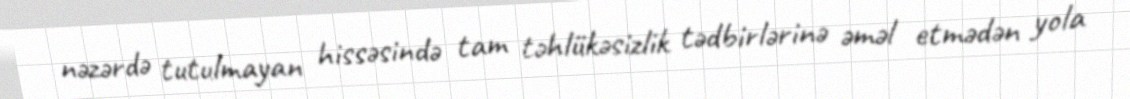
nəzərdə tutulmayan hissəsində tam təhlükəsizlik tədbirlərinə əməl etmədən yola